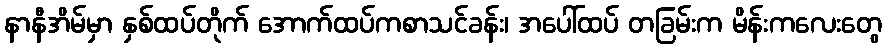
နာနီအိမ်မှာ နှစ်ထပ်တိုက် အောက်ထပ်ကစာသင်ခန်း၊ အပေါ်ထပ် တခြမ်းက မိန်းကလေးတွေ